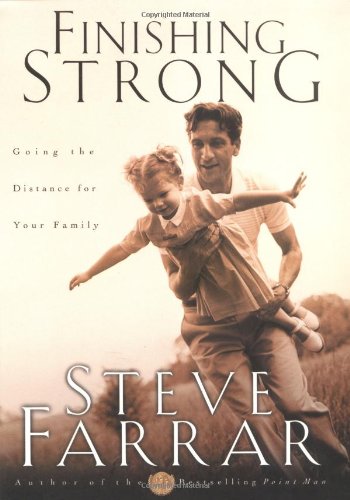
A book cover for Finishing Strong: Going the Distance for Your Family; Steve Farrar; Christian Books & Bibles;